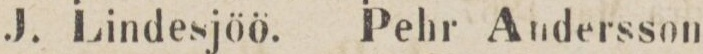
J. Lindesjöö.    Pehr Andersson.